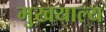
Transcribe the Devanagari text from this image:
मुखयाल्य